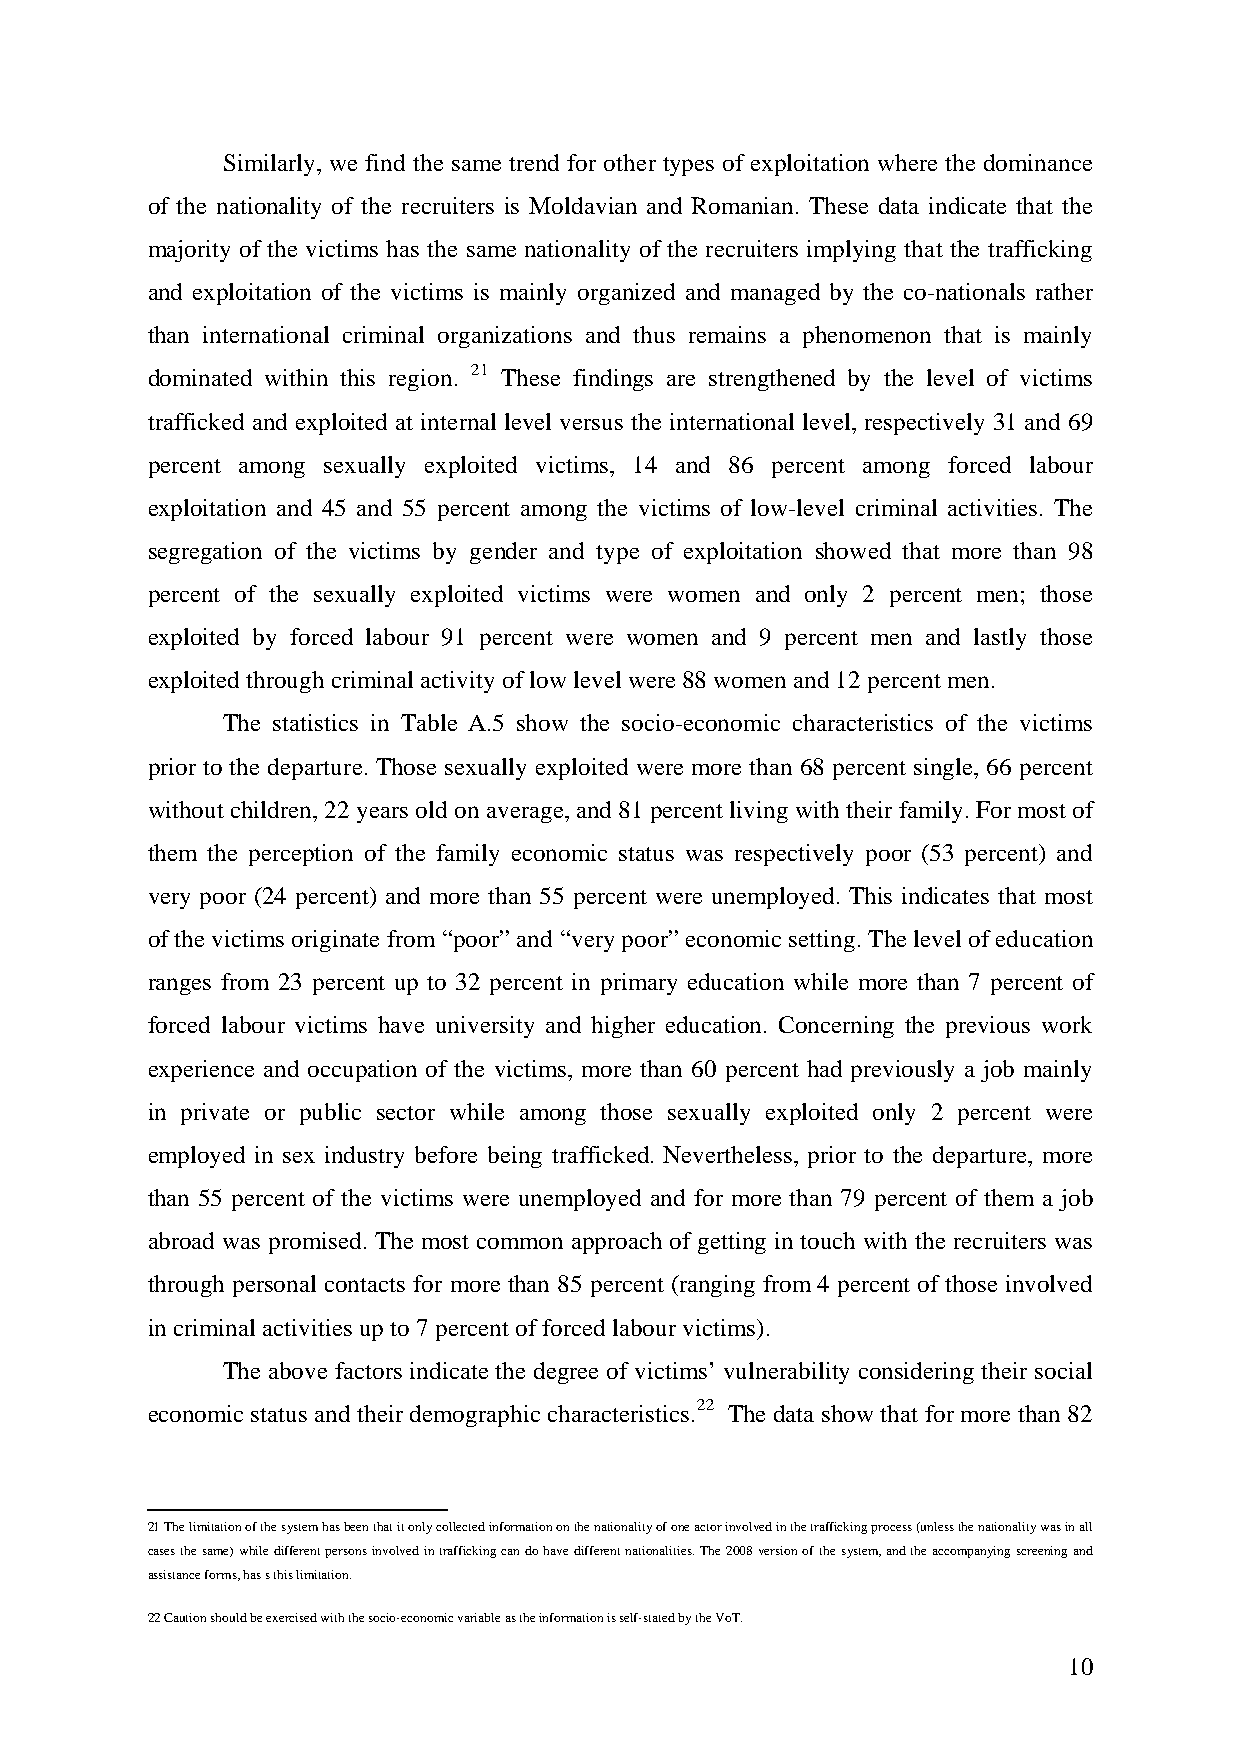
Similarly, we find the same trend for other types of exploitation where the dominance
 of the nationality of the recruiters is Moldavian and Romanian. These data indicate that the
 majority of the victims has the same nationality of the recruiters implying that the trafficking
 and exploitation of the victims is mainly organized and managed by the co-nationals rather
 than international criminal organizations and thus remains a phenomenon that is mainly
 dominated within this region. 21 These findings are strengthened by the level of victims
 trafficked and exploited at internal level versus the international level, respectively 31 and 69
 percent among sexually exploited victims, 14 and 86 percent among forced labour
 exploitation and 45 and 55 percent among the victims of low-level criminal activities. The
 segregation of the victims by gender and type of exploitation showed that more than 98
 percent of the sexually exploited victims were women and only 2 percent men; those
 exploited by forced labour 91 percent were women and 9 percent men and lastly those
 exploited through criminal activity of low level were 88 women and 12 percent men.
 The statistics in Table A.5 show the socio-economic characteristics of the victims
 prior to the departure. Those sexually exploited were more than 68 percent single, 66 percent
 without children, 22 years old on average, and 81 percent living with their family. For most of
 them the perception of the family economic status was respectively poor (53 percent) and
 very poor (24 percent) and more than 55 percent were unemployed. This indicates that most
 of the victims originate from “poor” and “very poor” economic setting. The level of education
 ranges from 23 percent up to 32 percent in primary education while more than 7 percent of
 forced labour victims have university and higher education. Concerning the previous work
 experience and occupation of the victims, more than 60 percent had previously a job mainly
 in private or public sector while among those sexually exploited only 2 percent were
 employed in sex industry before being trafficked. Nevertheless, prior to the departure, more
 than 55 percent of the victims were unemployed and for more than 79 percent of them a job
 abroad was promised. The most common approach of getting in touch with the recruiters was
 through personal contacts for more than 85 percent (ranging from 4 percent of those involved
 in criminal activities up to 7 percent of forced labour victims).
 The above factors indicate the degree of victims’ vulnerability considering their social
 economic status and their demographic characteristics.22 The data show that for more than 82
 21 The limitation of the system has been that it only collected information on the nationality of one actor involved in the trafficking process (unless the nationality was in all
 cases the same) while different persons involved in trafficking can do have different nationalities. The 2008 version of the system, and the accompanying screening and
 assistance forms, has s this limitation.
 22 Caution should be exercised with the socio-economic variable as the information is self-stated by the VoT.
 10